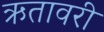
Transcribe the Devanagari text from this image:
ऋतावरी